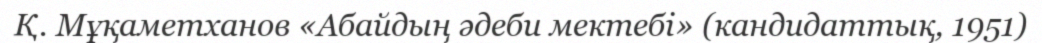
Қ. Мұқаметханов «Абайдың әдеби мектебі» (кандидаттық, 1951)